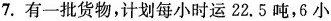
7.有一批货物，计划每小时运22.5吨，6小